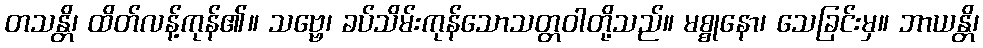
တသန္တိ၊ ထိတ်လန့်ကုန်၏။ သဗ္ဗေ၊ ခပ်သိမ်းကုန်သောသတ္တဝါတို့သည်။ မစ္စုနော၊ သေခြင်းမှ။ ဘာယန္တိ၊